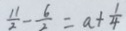
\frac { 1 1 } { 2 } - \frac { 6 } { 2 } = a + \frac { 1 } { 4 }